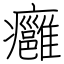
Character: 癰